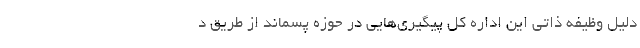
دلیل وظیفه ذاتی این اداره کل پیگیری‌هایی در حوزه پسماند از طریق د